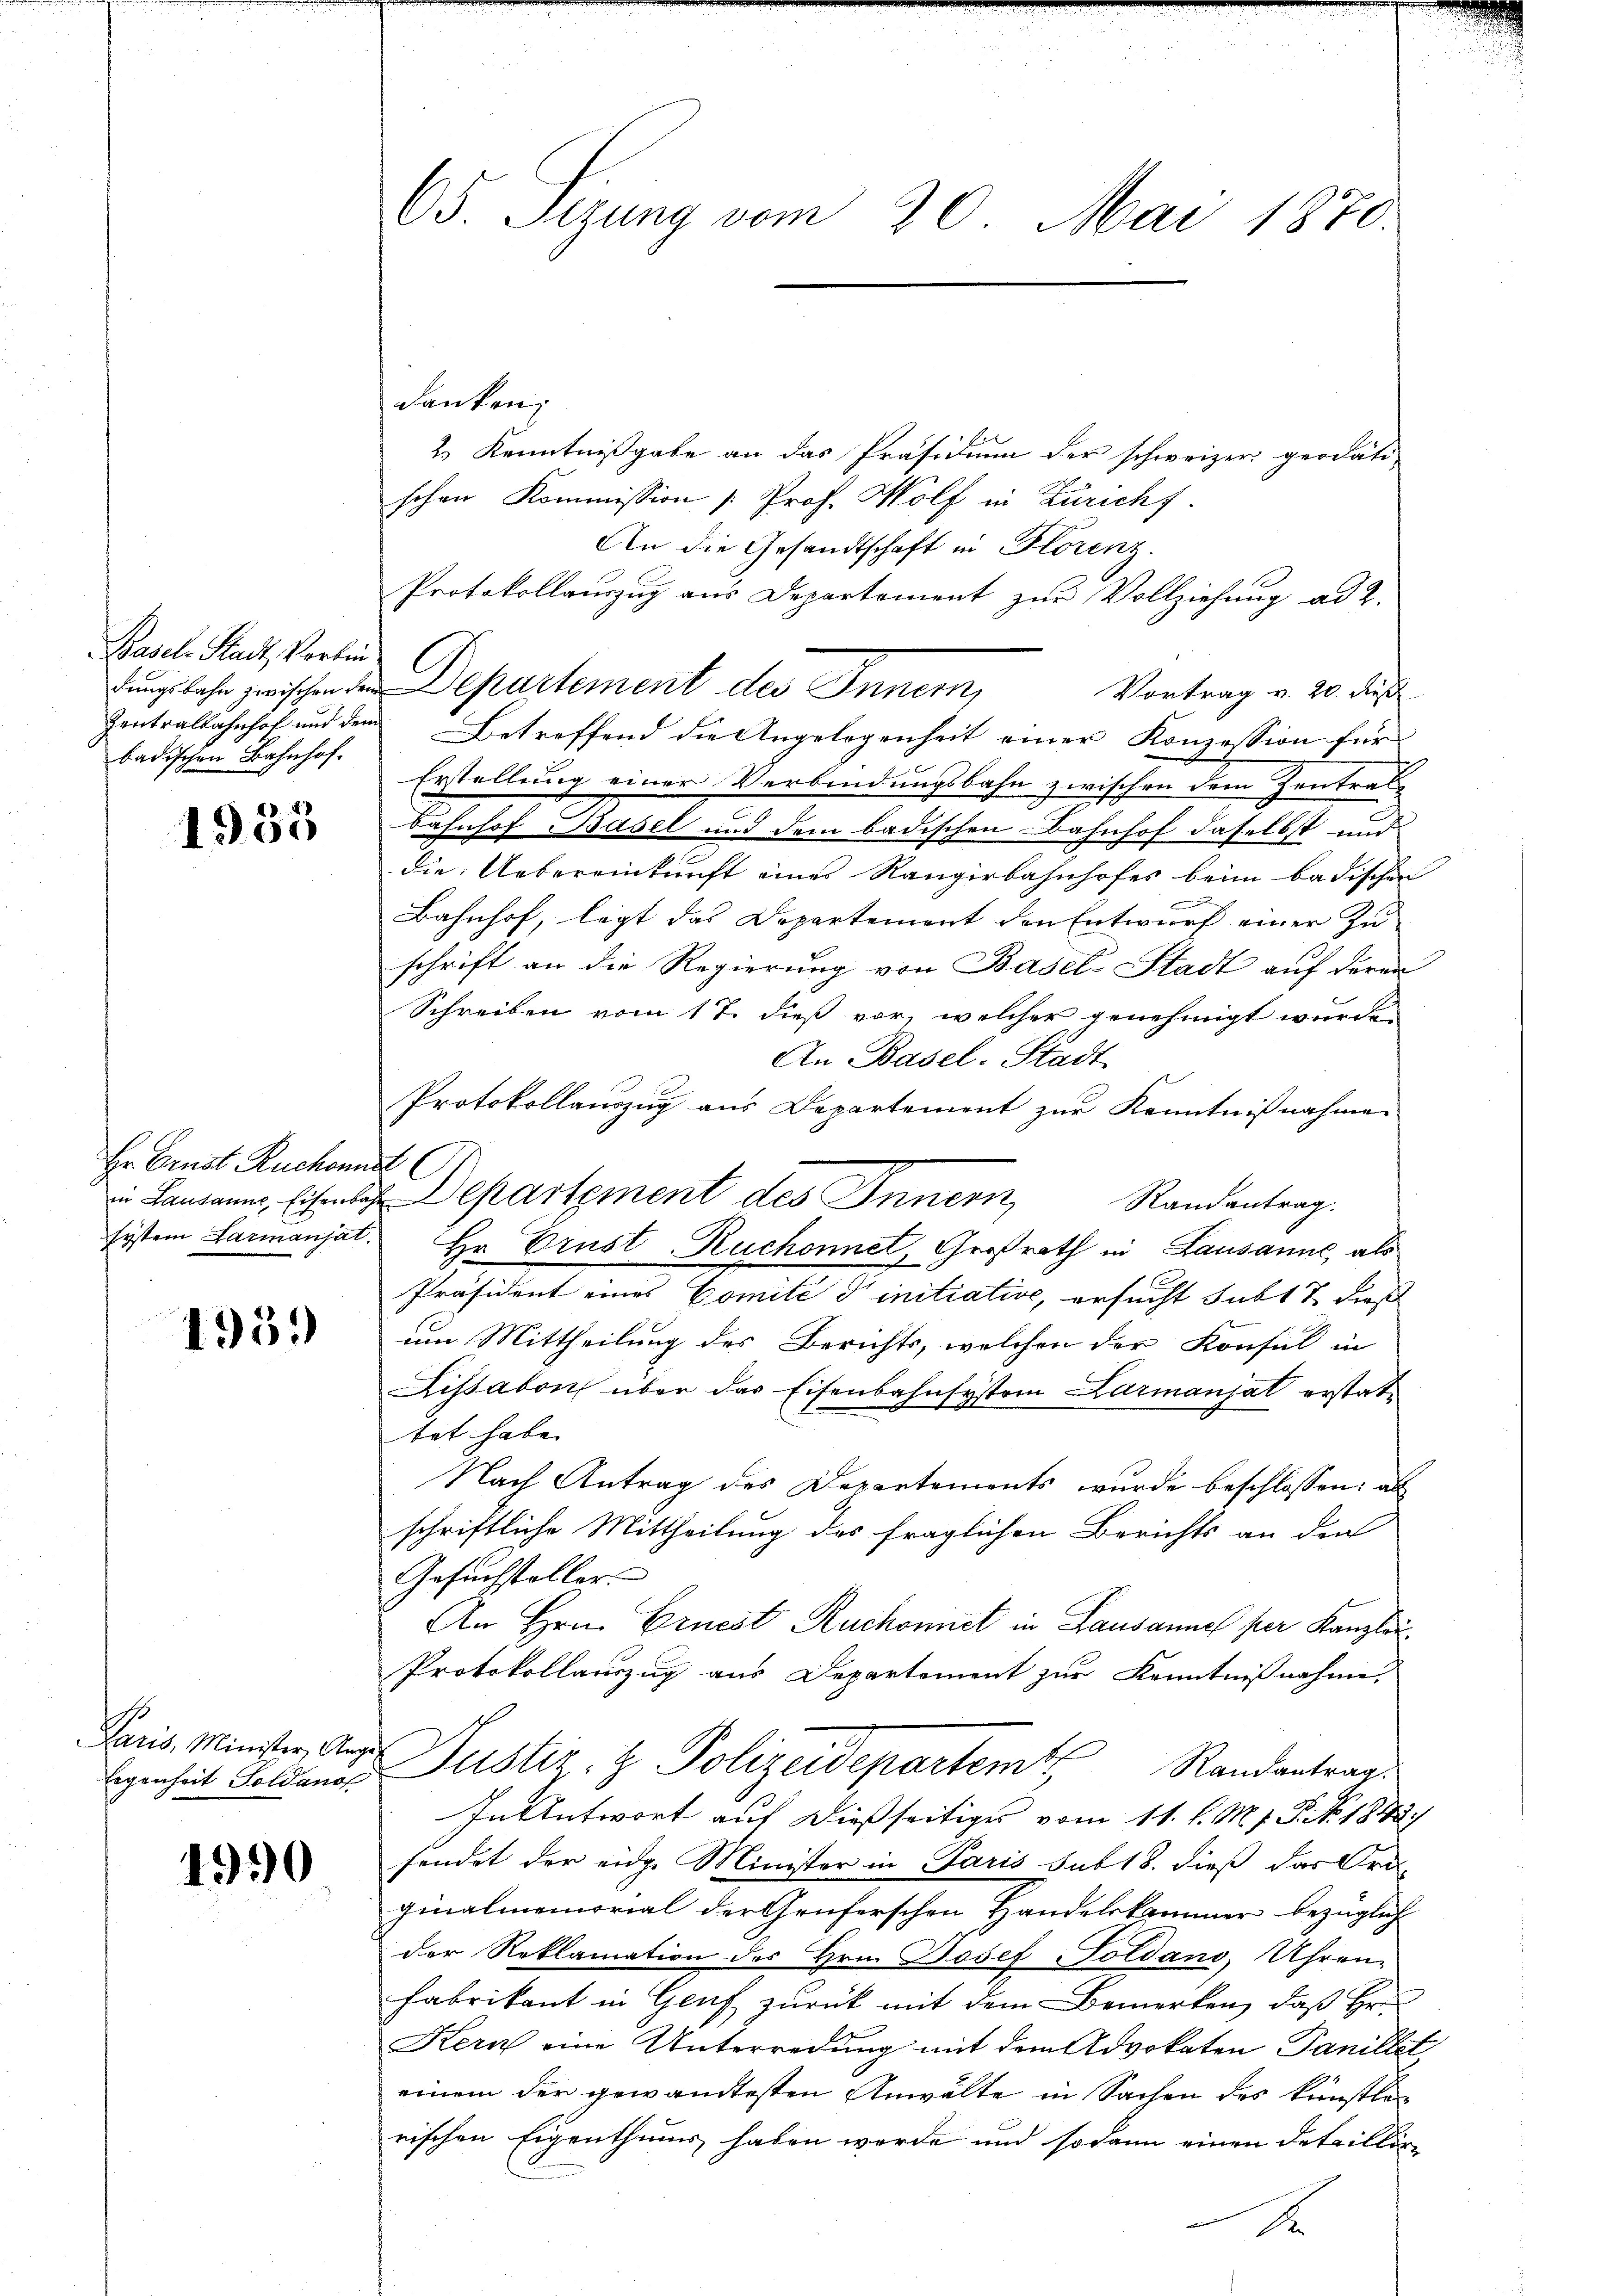
Basel Stadt, Vorbinbadischen Bahnhof.

1955

Hr. Ernst Ruchon

1953

Paris, Minister, Ange
Eegenheit Soldano

4990

65. Sezung vom 20. Mai 1870.

danken;
2.) Kenntnißgabe an das Präsidium der schweizer geodate
schen Kommission (: Prof. Wolf in Züricht.
An die Gesandtschaft in Florenz.
Protokollauszug aus Departement zur Vollziehung ad 2.
dungsbahn zwischen den Departement des Innern,
Vortrag v. 20. dieß
Zentralbahnhof und dem Betreffend die Angelegenheit einer Konzession für
Erstellung einer Verbindungsbahn zwischen dem Zentral-
Bahnhof Basel und dem badischen Bahnhof daselbst und
die Uebereinkunft eine Rangerbahnhofes beim badischen
Bahnhof, legt das Departement den Entwurf einer Zu
schrift an die Regierung von Basel-Stadt auf deren
Schreiben vom 17. dieß vor, welcher genehmigt wurde,
An Basel-Stadt
Protokollauszug aus Departement zur Kenntnißnahme.
d
in Landann, Eisen Departement des Innern Randantrag.
system Larmanjat. Hr. Ernst-Ruchonnet, Großrath in Lausanne, als
Präsident eines Comité d initiative, ersucht subt 7 dieß
um Mittheilung des Berichts, welchen der Konsul in
Lissabon über das Eisenbahnsystem Larmanjat erstatbet habe.
Nach Antrag des Departements wurde beschlossen: als
schriftliche Mittheilung des fraglichen Berichts an den
Gesuchsteller.
An Hrn. Ernest Ruchomniet in Lausanne per Kanzlau¬
Protokollauszug aus Departement zur Kenntnißnahme,
Justiz- & Polizeidepartem Randantrag
In Antwort auf dießseitiges vom 11. l. M. J. P. No. 1848.
sendet der eidg. Minister in Paris sub 18. dieß das Ord-
ginalmemorial der Grüferschen Handelskammer bezüglich
der Reklamation des Hrn. Josef Soldano, Uhren-
Fabrikant in Genf zurück mit dem Bemerken, daß Hr.
Kern eine Unterredung mit dem Advokaten Panillet,
einem der gewandtesten Anwälte in Sachen des künstlirischen Eigenthums haben werde und sodann einen Detaillir-

S